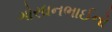
ગોરધનભાઈનો